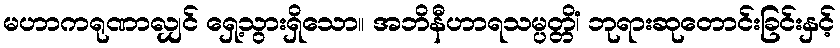
မဟာကရုဏာလျှင် ရှေ့သွားရှိသော။ အဘိနီဟာရသမ္ပတ္တိံ၊ ဘုရားဆုတောင်းခြင်းနှင့်